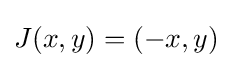
J(x,y)=(-x,y)